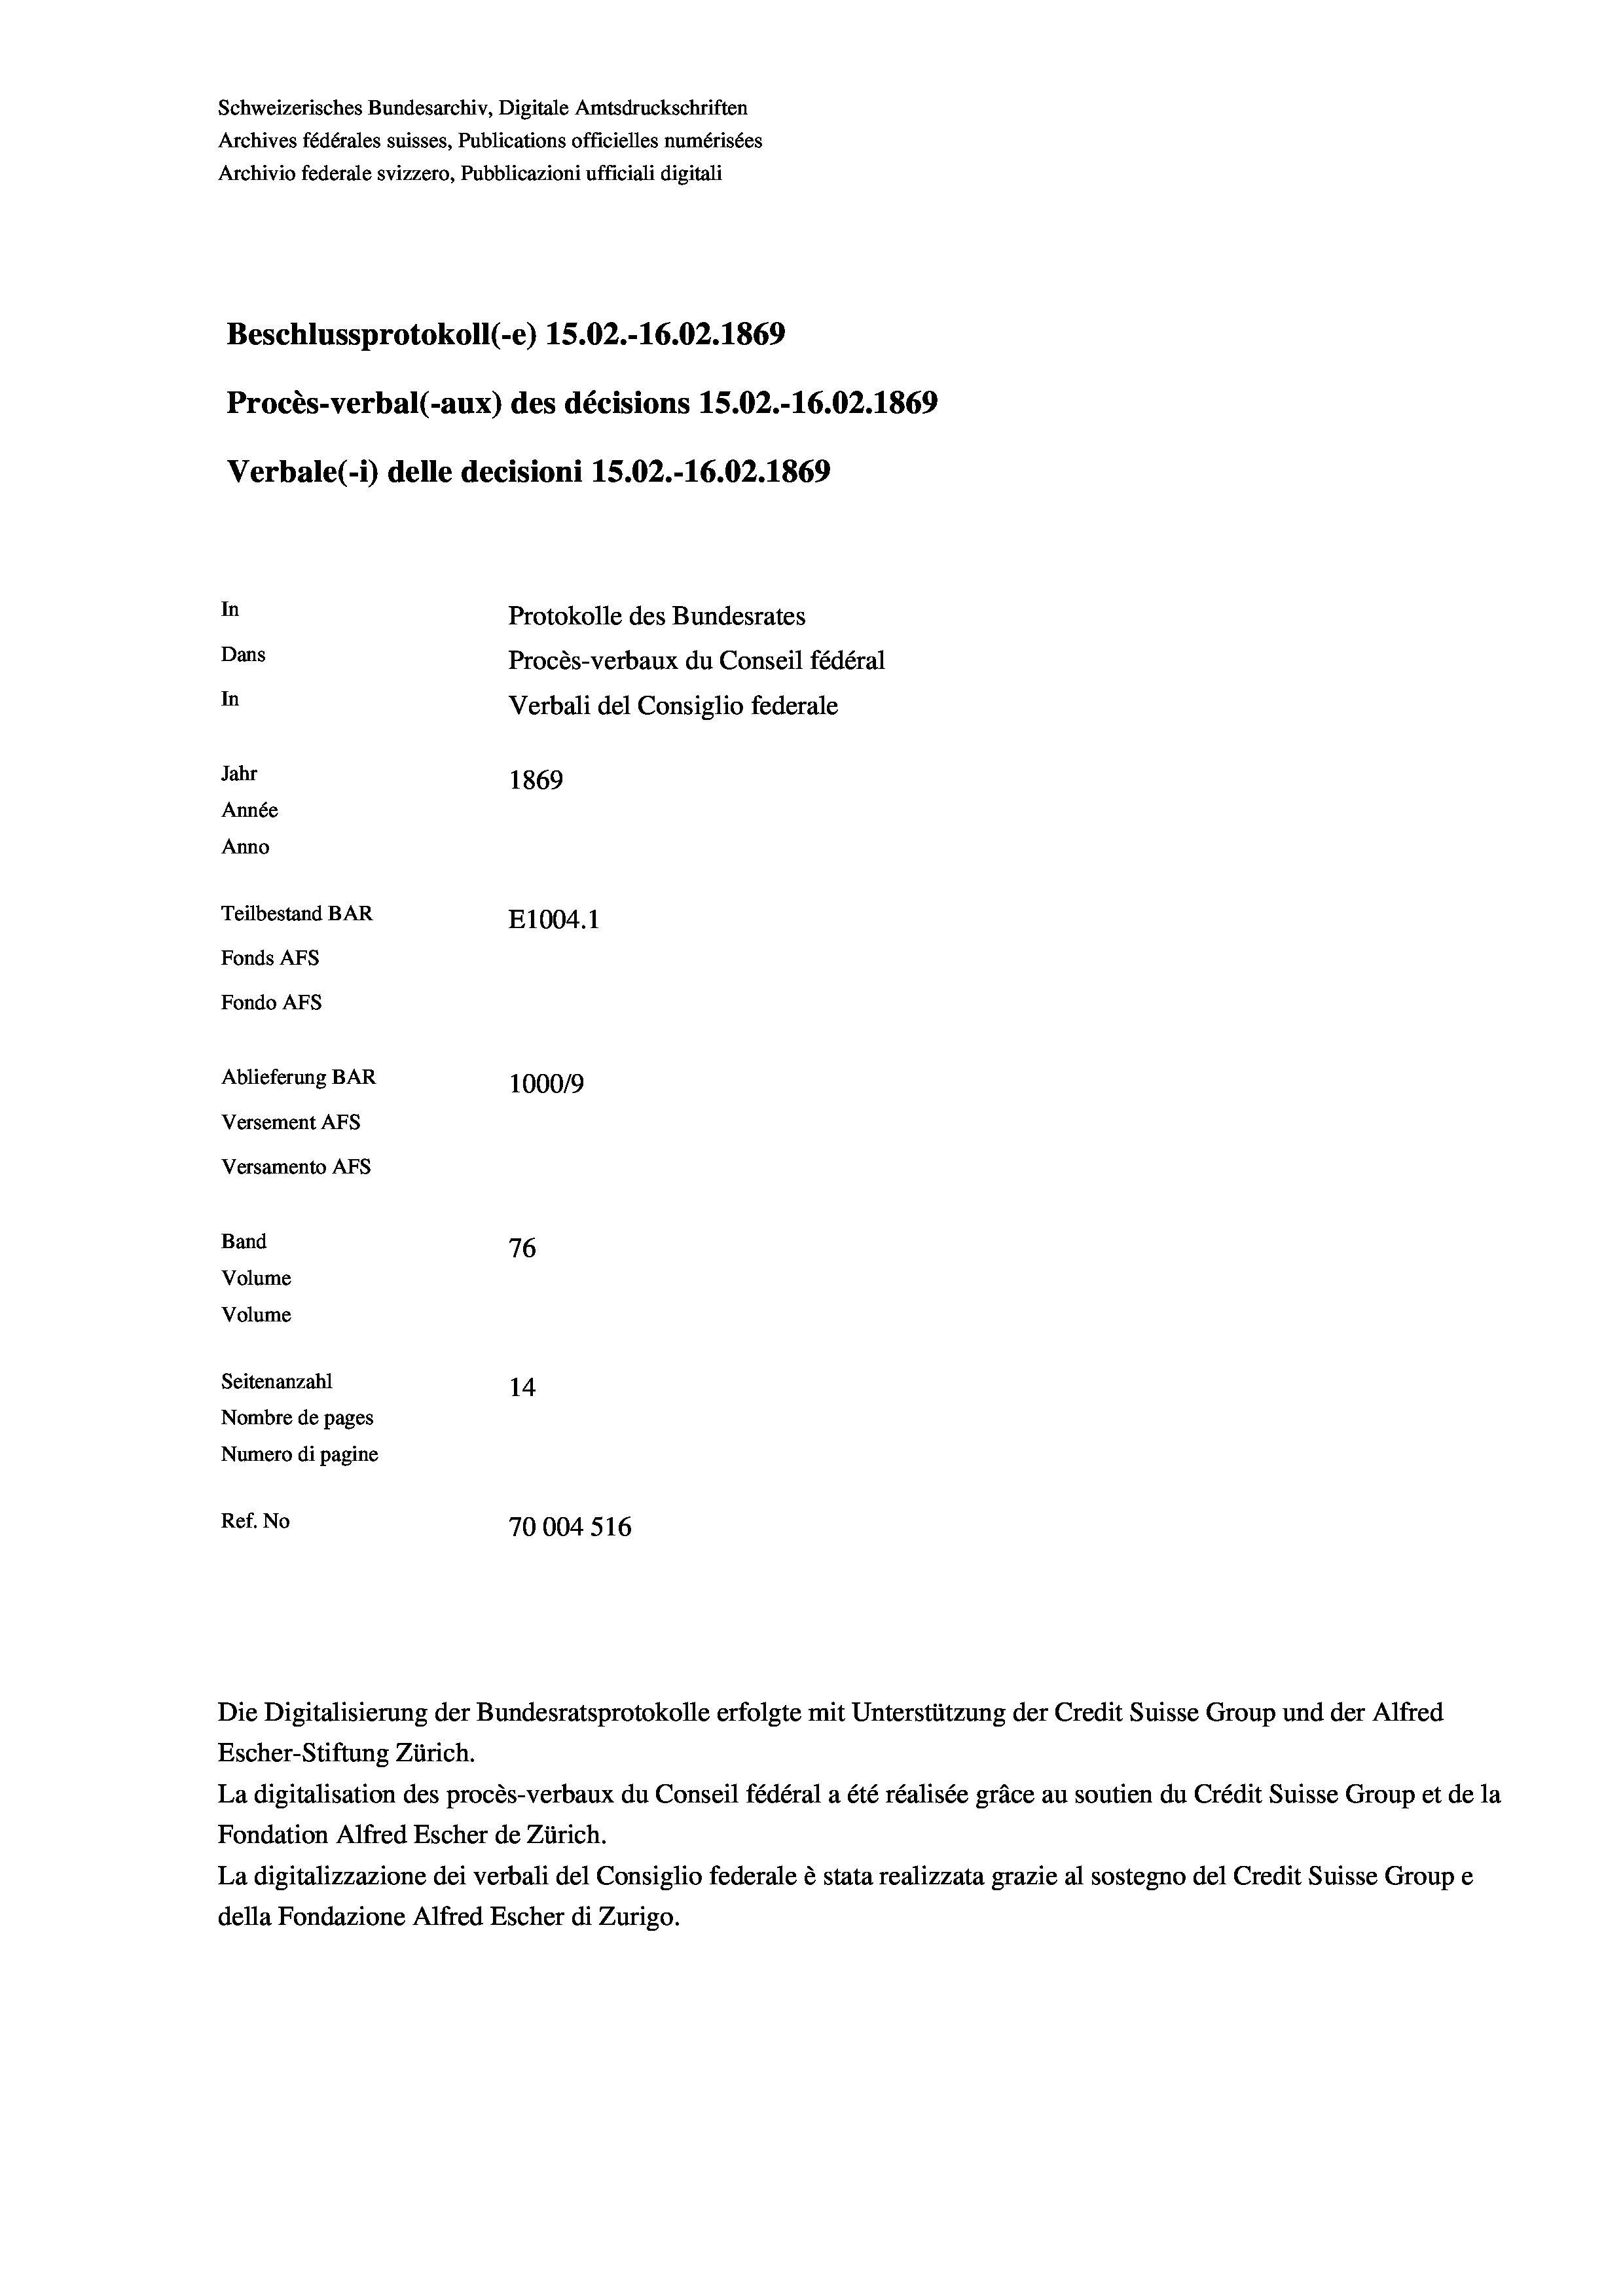
Schweizerisches Bundesarchiv, Digitale Amtsdruckschriften
Archives fédérales suisses, Publications officielles numérisées
Archivio federale svizzero, Pubblicazioni ufficiali digitali
Beschlussprotokoll (-e) 15.02.-16.02. 1869
Procès-verbal (-aux) des décisions 15.02.-16.02. 1869
Verbale(-*) delle decisioni 15.02.-16.02. 1869
In
Protokolle des Bundesrates
Dans
Procès-verbaux du Conseil fédéral
In
Verbali del Consiglio federale
Jahr
1869
Année
Anno
Teilbestand BAR
E1004. 1
Fonds AFs
Fondo AFS
Ablieferung BAR
100019
Versement As
Versamento AFs
Band
76
Volume
Volume
Seitenanzahl
14
Nombre de pages
Numero di pagine
Ref. No
70004 516

Escher-Stiftung Zürich.
La digitalisation des procès-verbaux du Conseil fédéral a été réalisée gräce au soutien du Crédit Suisse Group et de la
Fondation Alfred Escher de Zürich.
La digitalizzazione dei verbali del Consiglio federale è stata realizzata grazie al sostegno del Credit Suisse Groupe
della Fondazione Alfred Escher di Zurigo.

Die Digitalisierung der Bundesratsprotokolle erfolgte mit Unterstützung der Credit Suisse Group und der Alfred